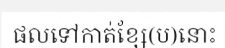
ផលទៅកាត់ខ្សែ(ប)នោះ